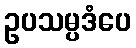
ဥပသမ္ပဒံပေ